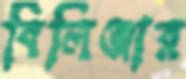
বিলিঞ্জার